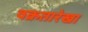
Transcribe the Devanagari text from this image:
वक्रतारेखा